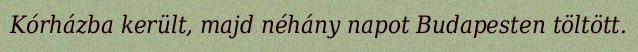
Kórházba került, majd néhány napot Budapesten töltött.